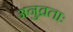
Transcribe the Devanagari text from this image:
अनुव्रताः